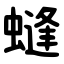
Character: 䗦